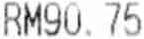
RM90.75